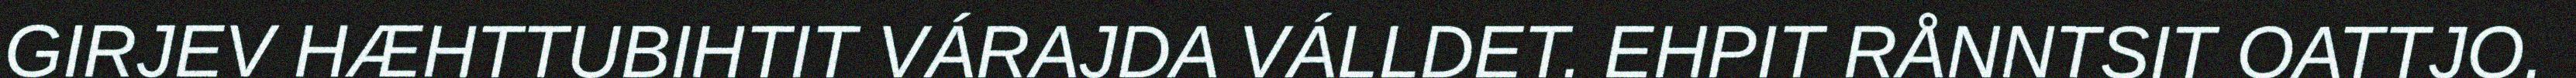
GIRJEV HÆHTTUBIHTIT VÁRAJDA VÁLLDET. EHPIT RÅNNTSIT OATTJO.